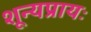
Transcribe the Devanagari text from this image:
शून्यप्रायः